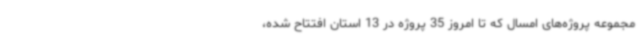
مجموعه پروژه‌های امسال که تا امروز 35 پروژه در 13 استان افتتاح شده،